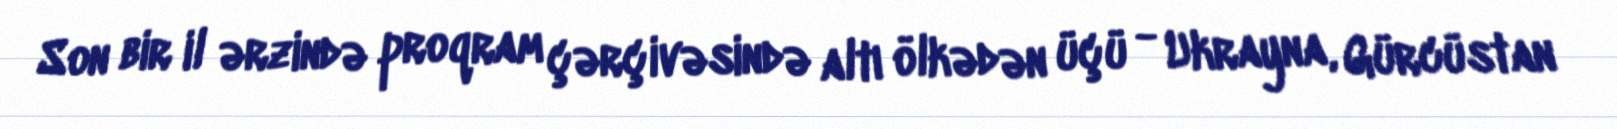
Son bir il ərzində proqram çərçivəsində altı ölkədən üçü - Ukrayna, Gürcüstan